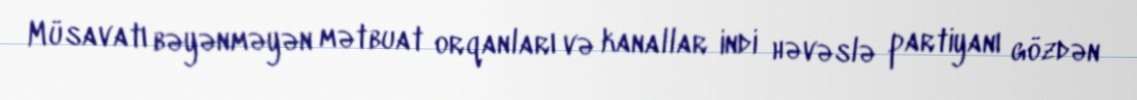
Müsavatı bəyənməyən mətbuat orqanları və kanallar indi həvəslə partiyanı gözdən